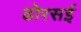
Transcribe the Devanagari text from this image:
ढोरसई